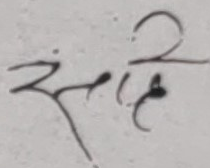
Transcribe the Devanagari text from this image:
सालि